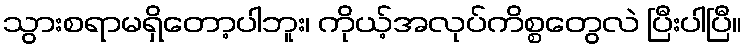
သွားစရာမရှိတော့ပါဘူး၊ ကိုယ့်အလုပ်ကိစ္စတွေလဲ ပြီးပါပြီ။